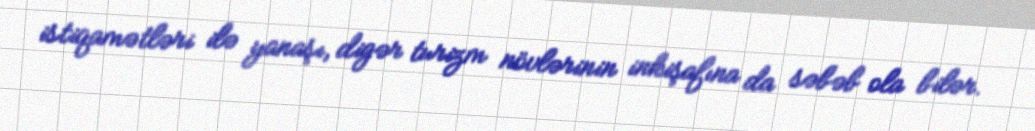
istiqamətləri ilə yanaşı, digər turizm növlərinin inkişafına da səbəb ola bilər.